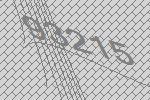
93215